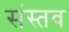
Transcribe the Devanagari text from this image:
संस्तव